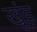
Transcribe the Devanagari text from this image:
खूंड़